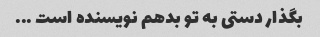
بگذار دستی به تو بدهم نویسنده است ...